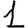
Digit: 1